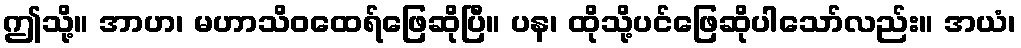
ဤသို့။ အာဟ၊ မဟာသိဝထေရ်ဖြေဆိုပြီ။ ပန၊ ထိုသို့ပင်ဖြေဆိုပါသော်လည်း။ အယံ၊